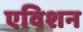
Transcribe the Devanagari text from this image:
एविशन